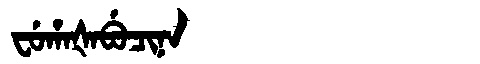
Manchu: ᠸᡠᡥᠠᡧᠠᠪᡠᠴᡳᠨᠠ
Romanization: FUHAŠABUCINA